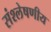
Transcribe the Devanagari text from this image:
संश्लेषणीय